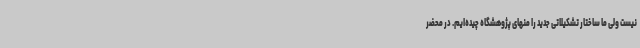
نیست ولی ما ساختار تشکیلاتی جدید را منهای پژوهشگاه چیده‌ایم. در محضر